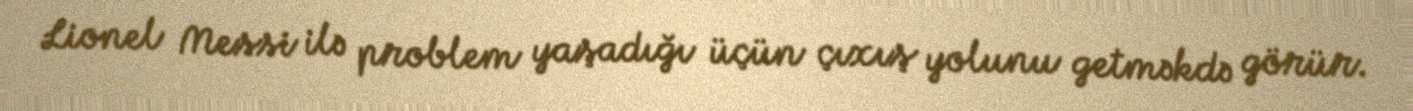
Lionel Messi ilə problem yaşadığı üçün çıxış yolunu getməkdə görür.